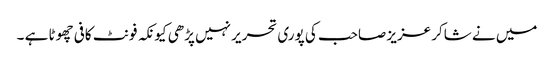
میں نے شاکر عزیز صاحب کی پوری تحریر نہیں پڑھی کیونکہ فونٹ کافی چھوٹا ہے ۔